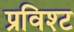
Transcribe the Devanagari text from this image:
प्रविश्ट